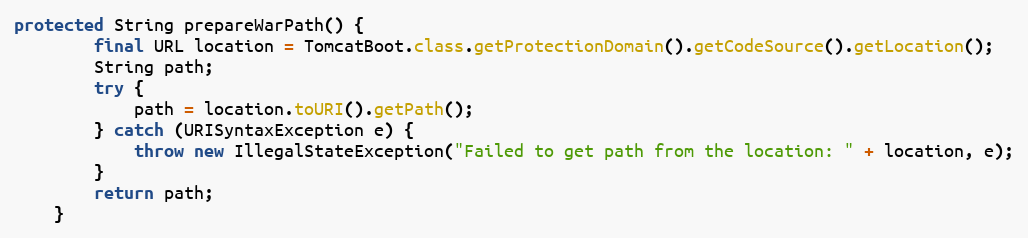
Language: Java
protected String prepareWarPath() {
        final URL location = TomcatBoot.class.getProtectionDomain().getCodeSource().getLocation();
        String path;
        try {
            path = location.toURI().getPath();
        } catch (URISyntaxException e) {
            throw new IllegalStateException("Failed to get path from the location: " + location, e);
        }
        return path;
    }